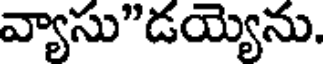
వ్యాసు"డయ్యెను.